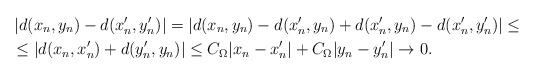
\begin{align*}&\left|d(x_{n},y_{n})-d(x'_{n},y'_{n})\right|=\left|d(x_{n},y_{n})-d(x'_{n},y_{n})+d(x'_{n},y_{n})-d(x'_{n},y'_{n})\right|\le\\ & \le \left|d(x_{n},x'_{n})+d(y'_{n},y_{n})\right|\le C_{\Omega}|x_{n}-x'_{n}|+C_{\Omega}|y_{n}-y'_{n}|\to 0.\end{align*}